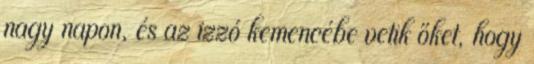
nagy napon, és az izzó kemencébe vetik őket, hogy